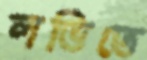
লভিতে